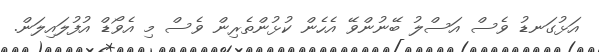
އަޅުގަނޑު ވެސް އަސްލު ބޭނުންވޭ އެހެން ކުޅުންތެރިން ވެސް މި އެވޯޑް އުފުލައިލަން.